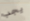
يجب